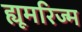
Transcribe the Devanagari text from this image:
ह्यूमरिज्म